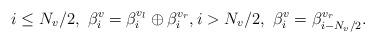
LaTeX: \begin{align*} i \leq N_v/2, \ \beta_i^v = \beta_i^{v_l} \oplus \beta_i^{v_r}, i > N_v/2, \ \beta_i^v = \beta^{v_r}_{i-N_v/2}.\end{align*}